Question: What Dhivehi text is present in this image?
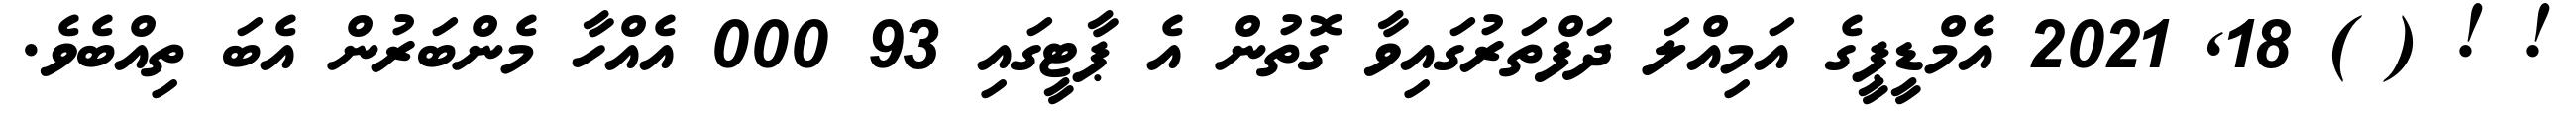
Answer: ! ! ( ) 18, 2021 އެމްޑީޕީގެ އަމިއްލަ ދަފްތަރުގައިވާ ގޮތުން އެ ޕާޓީގައި 93 000 އެއްހާ މެންބަރުން އެބަ ތިއްބެވެ.